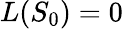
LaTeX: L(S_{0})=0